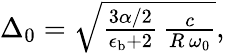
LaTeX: \begin{array}{r}{\Delta_{0}=\sqrt{\frac{3\alpha/2}{\epsilon_{\mathrm{b}}+2}\, \frac{c}{R\, \omega_{0}}},}\end{array}